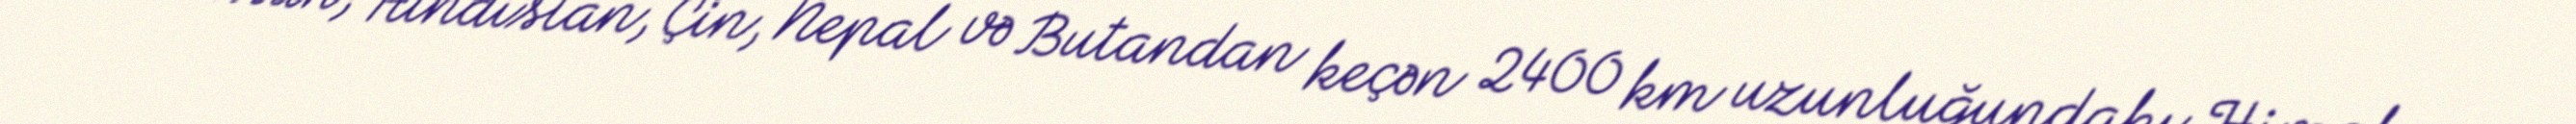
Pakistan, Hindistan, Çin, Nepal və Butandan keçən 2400 km uzunluğundakı Himalay